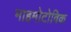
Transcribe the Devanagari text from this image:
माहमोटोविक